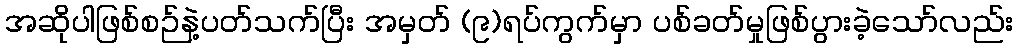
အဆိုပါဖြစ်စဉ်နဲ့ပတ်သက်ပြီး အမှတ် (၉)ရပ်ကွက်မှာ ပစ်ခတ်မှုဖြစ်ပွားခဲ့သော်လည်း